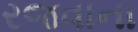
રજવાના